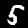
Digit: 5